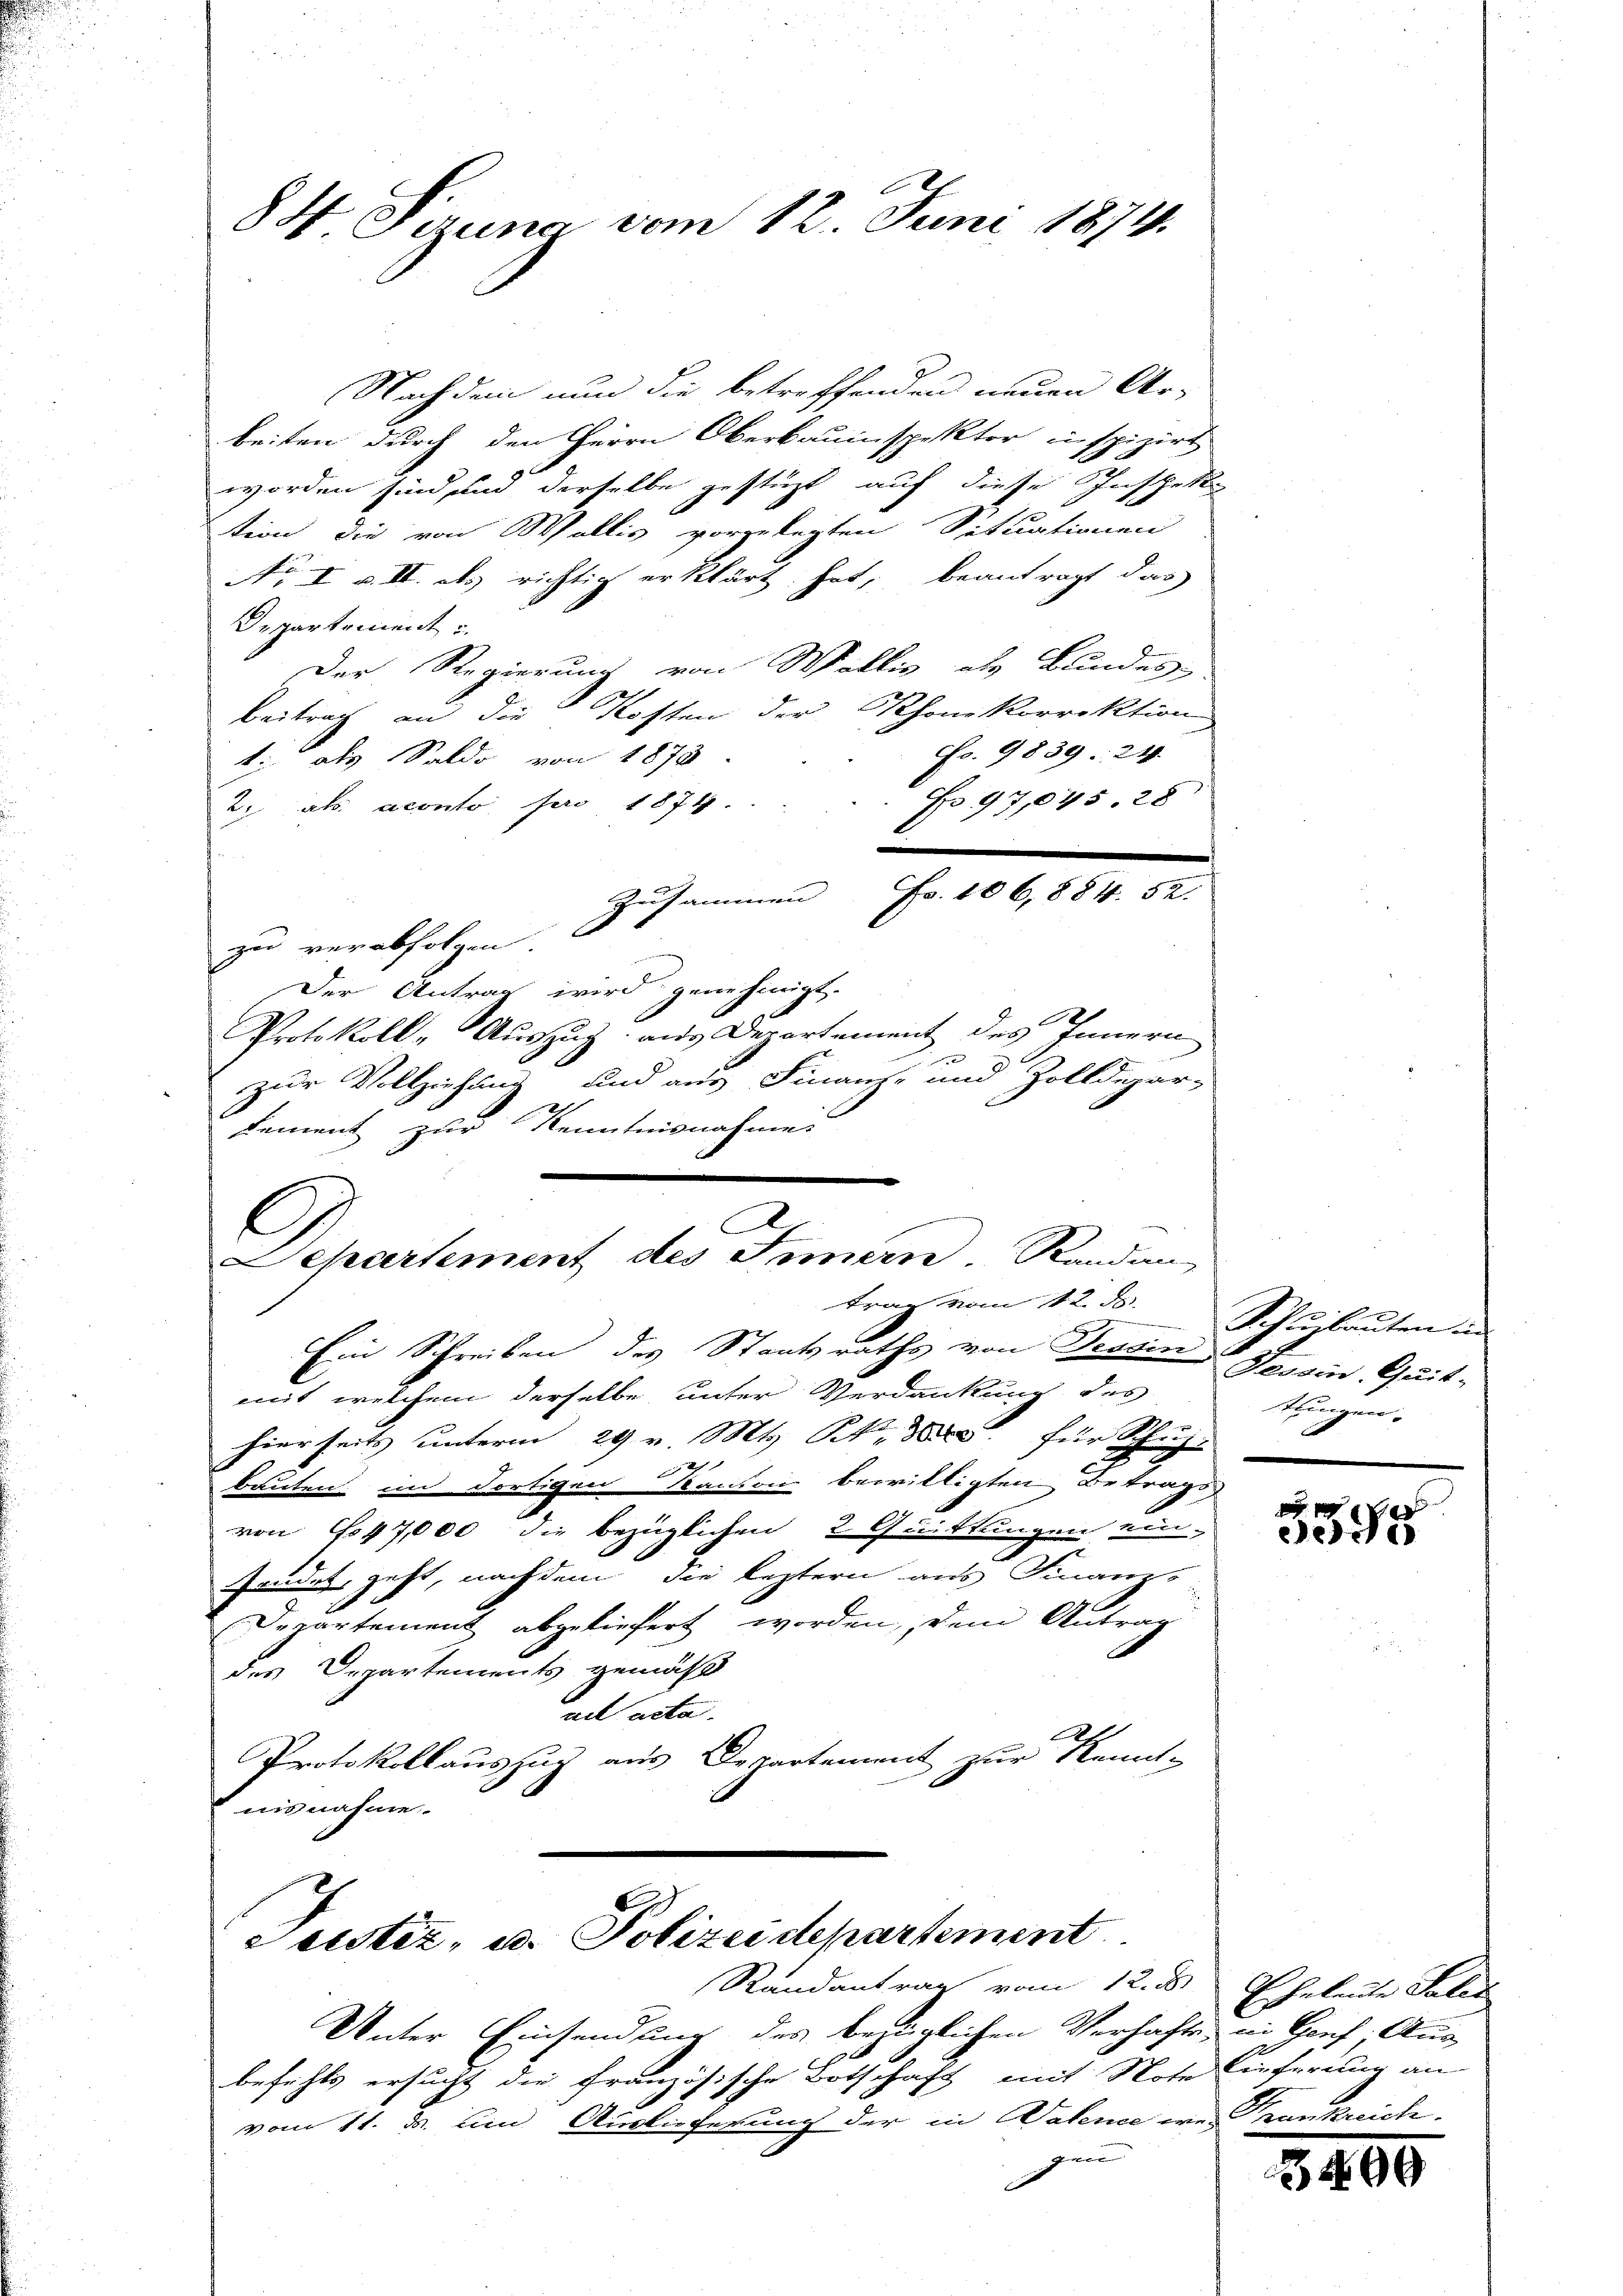
84 Perung vom 12. Juni 1874.

Nachdem nun die betreffenden neuen Ar-
beiten durch den Herrn Oberbauinspektor inspizirt
worden sind um derselbe gestüzt auf diese Inschek
tion die von Wallis vorgelegten Situationen
No I u. II. des richtig erklärt hat, beantragt das
Departement
Der Regierung von Wallis als Bundes,
beitrag an die Kosten der Rhonkorrektion
Fo. 9839. 24.
t: als Saldo von 1873.
No 97,045. 28
2. als aconto pro 1874.
zu verabfolgen
Der Antrag wird genehmigt.
Protokoll - Auszug aus Departement des Innern
zur Vollziehung und aus Finanz- und Zolldepar-
Lement zur Kenntnisnahme
e
A
G
Separtement des Innern. Randan
trag vom 12. ds.
Ein Schreiben des Staatsraths von Tessin
mit welchem derselbe unter Verdankung des
hierseits unterm 29 v. Mts. S. 800. für Schuh-
x
bauten im Fortigen Kanton bewilligten Betrags
von 647,000 die bezüglichen 2 Quittungen ein-
Fendet, geht, nachdem die leztern aus Finanz-
Departement abgeliefert worden, dem Antrag
des Departements gemäß
ad acta
F
Protokollauszug aus Departement zur Kennt-
nisnahme.

Zusammen Fr. 106, 884. 52.

Seustiz, u. Polizeidepartement
Randantrag vom 12. 8

Unter Einsendung des bezüglichen Verhafte in Gonf. Aus-
befehls ersucht die Französische Botschaft mit Note Lieferung an
9
vom 11. ds. um Auslieferung der in Walence er
gen |

Schuhlauten in
Gessin, Quit-
stungen. |

2 x
e

Eheleute Paler

3400